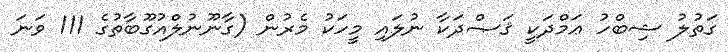
ގަތުލު ޝިބްހު ޢަމްދަކީ ޤަޞްދަކާ ނުލައި މީހަކު މެރުން (ގާނޫނުލްއުގޫބާތުގެ 111 ވަނަ